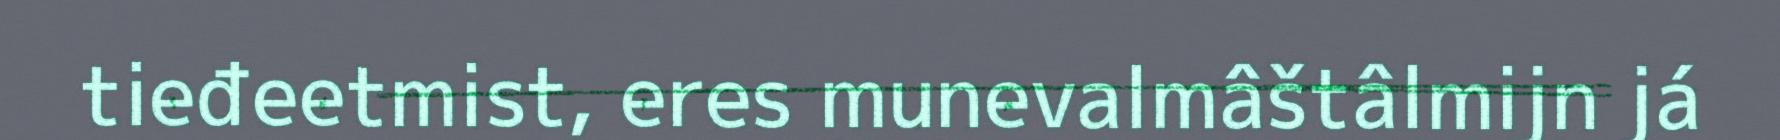
tieđeetmist, eres munevalmâštâlmijn já